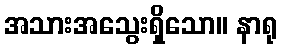
အသားအသွေးရှိသော။ နာရု